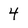
Character: 4